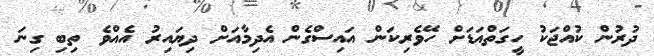
ދުރުން ކުއްޖަކު ހީގަތްއަޑަށް ހޭވެރިކަން އައިސްގެން އެދިމާއަށް ދިޔައިރު އެއްވެ ތިބި ގިނަ